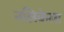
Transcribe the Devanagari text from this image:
नलिकेला